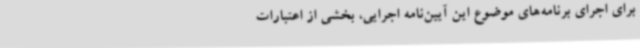
برای اجرای برنامه‌های موضوع این آیین‌نامه اجرایی، بخشی از اعتبارات